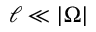
\ell \ll | \Omega |